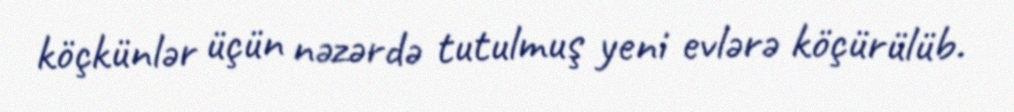
köçkünlər üçün nəzərdə tutulmuş yeni evlərə köçürülüb.